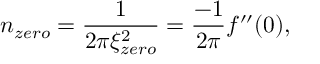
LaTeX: n _ { z e r o } = \frac { 1 } { 2 \pi \xi _ { z e r o } ^ { 2 } } = \frac { - 1 } { 2 \pi } f ^ { \prime \prime } ( 0 ) ,